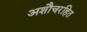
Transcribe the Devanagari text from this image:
अशौचरहित